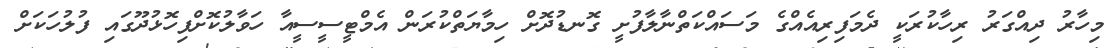
މިހާރު ދިއްގަރު ރިހާކުރަކީ ދެމަފިރިއެއްގެ މަސައްކަތްނާލާފުށީ ގޮނޑުދޮށް ހިމާޔަތްކުރަން އެމްޓީސީސީއާ ހަވާލުކޮށްފިހޮޅުދޫގައި ފުލުހަކަށް